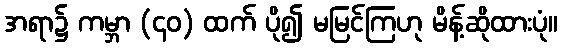
အရာ၌ ကမ္ဘာ (၄၀) ထက် ပို၍ မမြင်ကြဟု မိန့်ဆိုထားပုံ။